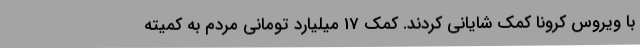
با ویروس کرونا کمک شایانی کردند. کمک 17 میلیارد تومانی مردم به کمیته